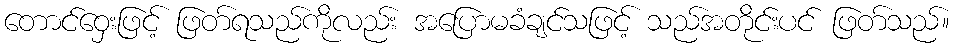
တောင်ဝှေးဖြင့် ဖြတ်ရသည်ကိုလည်း အပြောမခံချင်သဖြင့် သည်အတိုင်းပင် ဖြတ်သည်။